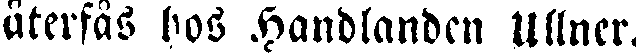
återfås hos Handlanden Ullner.